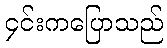
၄င်းကပြောသည်